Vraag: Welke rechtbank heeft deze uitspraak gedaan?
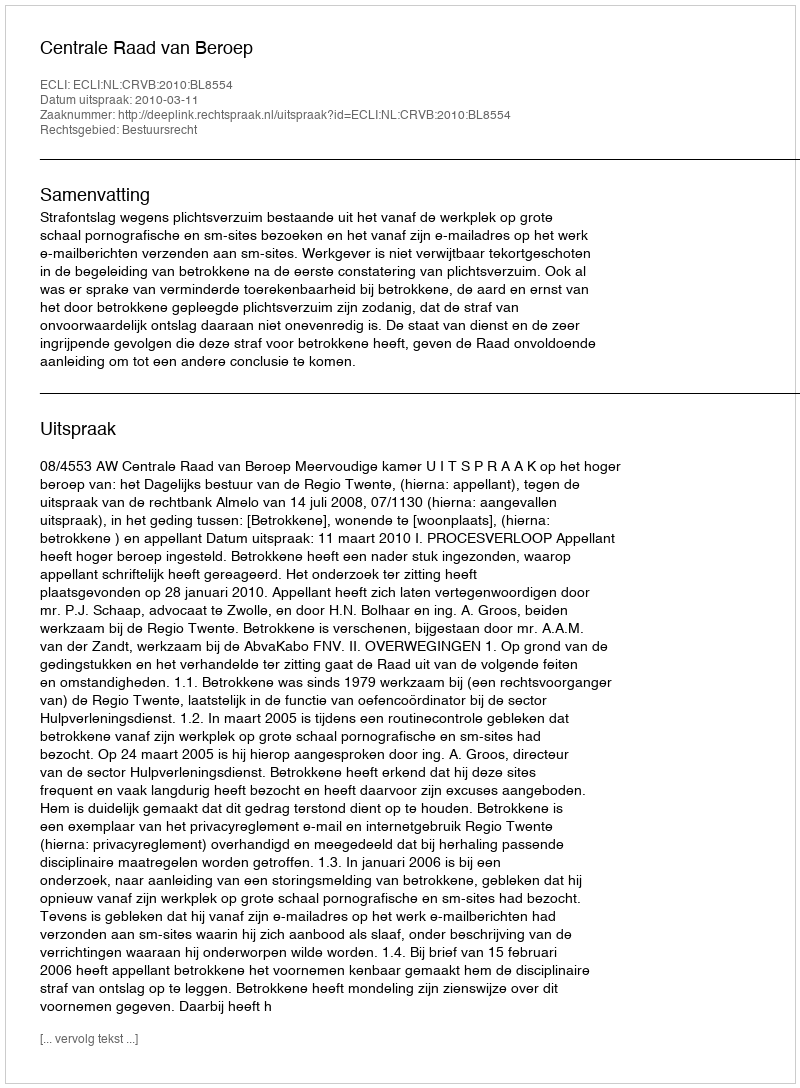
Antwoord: Centrale Raad van Beroep